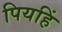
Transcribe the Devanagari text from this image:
पियहिं